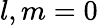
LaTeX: l,m=0